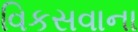
વિકસવાના